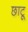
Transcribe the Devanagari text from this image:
छाटू